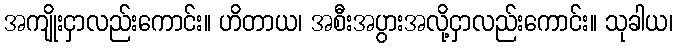
အကျိုးငှာလည်းကောင်း။ ဟိတာယ၊ အစီးအပွားအလို့ငှာလည်းကောင်း။ သုခါယ၊